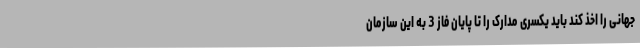
جهانی را اخذ کند باید یکسری مدارک را تا پایان فاز 3 به این سازمان